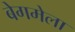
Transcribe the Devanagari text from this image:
बेगमेला